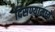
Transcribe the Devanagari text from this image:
दिसण्यामध्ये